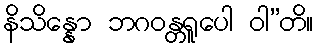
နိသိန္နော ဘဂဝန္တရူပေါ ဝါ”တိ။